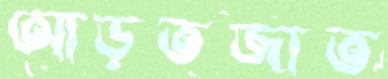
আড়তজাত